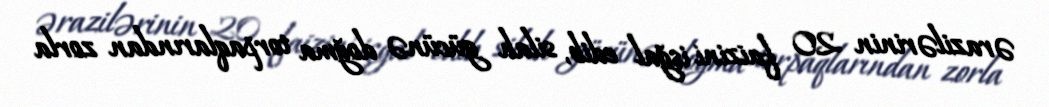
ərazilərinin 20 faizini işğal edib, silah gücünə doğma torpaqlarından zorla